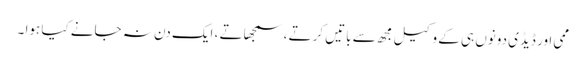
ممی اور ڈیڈی دونوں ہی کے وکیل مجھ سے باتیں کرتے ، سمجھاتے ، ایک دن نہ جانے کیا ہوا ۔